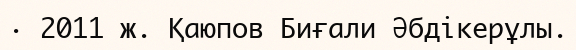
· 2011 ж. Қаюпов Биғали Әбдікерұлы.